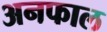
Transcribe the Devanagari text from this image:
अनफाल